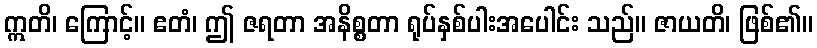
ဣတိ၊ ကြောင့်။ ဧတံ၊ ဤ ဇရတာ အနိစ္စတာ ရုပ်နှစ်ပါးအပေါင်း သည်။ ဇာယတိ၊ ဖြစ်၏။